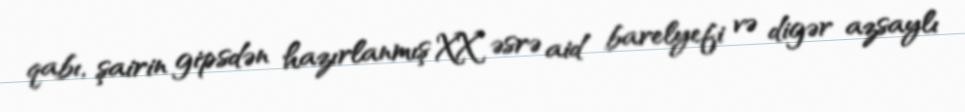
qabı, şairin gipsdən hazırlanmış XX əsrə aid barelyefi və digər azsaylı